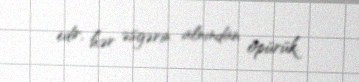
edir, hər əsgərin alnından öpürük.